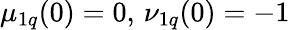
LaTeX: \mu_{1q}(0)=0,\, \nu_{1q}(0)=-1